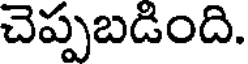
చెప్పబడింది.